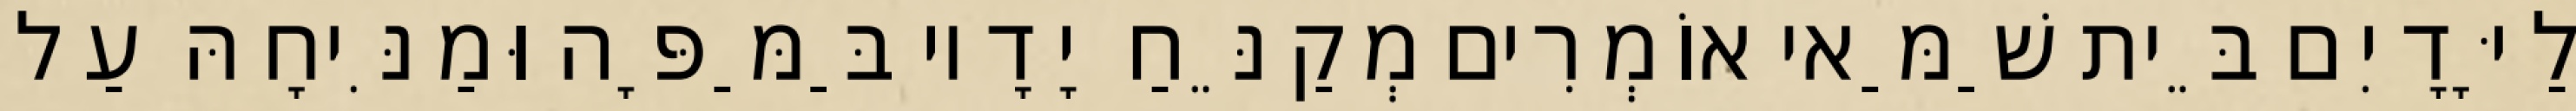
לַיָּדָיִם בֵּית שַׁמַּאי אוֹמְרִים מְקַנֵּחַ יָדָיו בַּמַּפָּה וּמַנִּיחָהּ עַל